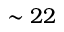
\sim 2 2